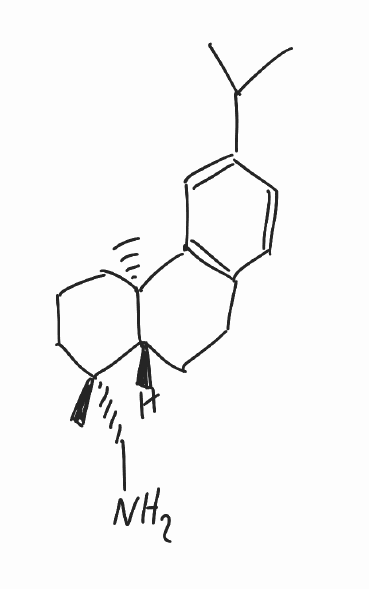
Simplified molecular-input line-entry system (SMILES) notation of the given molecule:
CC(C)C1=CC2=C(CC[C@H]3[C@]2(CCC[C@@]3(C)CN)C)C=C1